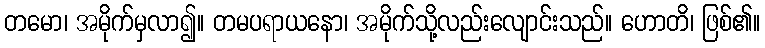
တမော၊ အမိုက်မှလာ၍။ တမပရာယနော၊ အမိုက်သို့လည်းလျောင်းသည်။ ဟောတိ၊ ဖြစ်၏။